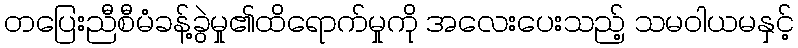
တပြေးညီစီမံခန့်ခွဲမှု၏ထိရောက်မှုကို အလေးပေးသည့် သမဝါယမနှင့်